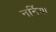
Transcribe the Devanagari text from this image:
नर्निया